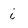
Character: i